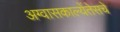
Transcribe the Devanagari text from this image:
अग्वासकाल्येंतेसचे